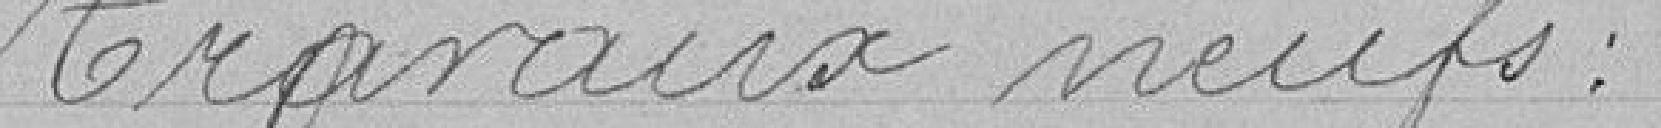
Travaux neufs :